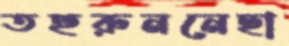
তহুরুননেছা